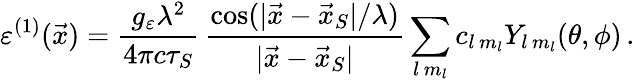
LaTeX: \varepsilon^{(1)}(\vec{x})=\frac{g_{\varepsilon}\lambda^{2}}{4\pi c\tau_{S}}\, \frac{\cos(|\vec{x}-\vec{x}_{S}|/\lambda)}{|\vec{x}-\vec{x}_{S}|}\sum_{l\, m_{l}}c_{l\, m_{l}}Y_{l\, m_{l}}(\theta,\phi)\, .